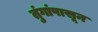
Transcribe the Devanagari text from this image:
तुंगांपासून